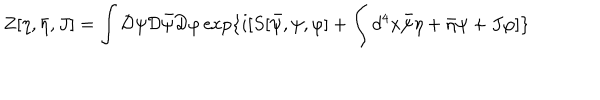
Z [ \eta , \bar { \eta } , J ] = \int { \cal D } \psi { \cal D } \bar { \psi } { \cal D } \varphi \exp \{ i [ S [ \bar { \psi } , \psi , \varphi ] + \int d ^ { 4 } x \bar { \psi } \eta + \bar { \eta } \psi + J \varphi ] \}